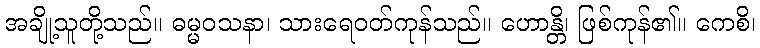
အချို့သူတို့သည်။ ဓမ္မဝသနာ၊ သားရေဝတ်ကုန်သည်။ ဟောန္တိ၊ ဖြစ်ကုန်၏။ ကေစိ၊